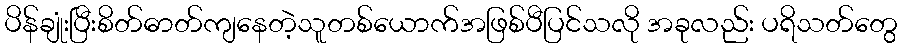
ပိန်ချုံးပြီးစိတ်ဓာတ်ကျနေတဲ့သူတစ်ယောက်အဖြစ်ပီပြင်သလို အခုလည်း ပရိသတ်တွေ